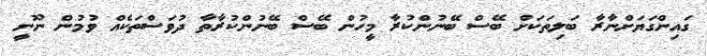
ގައިންގަޔަށްނާރާ ބަލިތަކަށް ބޭސް ބޭނުންކުރާ މީހުން ބޭސް ބޭނުންކުރާތާ ދުވަސްތަކެއް ވުމުން ނޫނީ